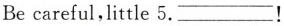
Be careful,little 5.___!